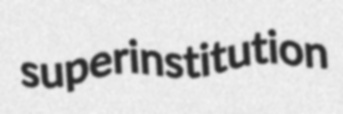
superinstitution